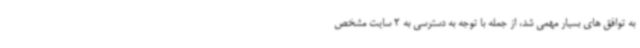
به توافق های بسیار مهمی شد، از جمله با توجه به دسترسی به 2 سایت مشخص